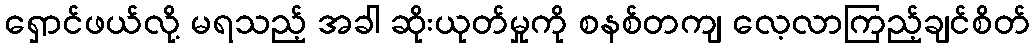
ရှောင်ဖယ်လို့ မရသည့် အခါ ဆိုးယုတ်မှုကို စနစ်တကျ လေ့လာကြည့်ချင်စိတ်